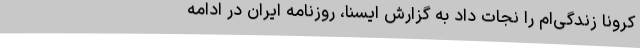
کرونا زندگی‌ام را نجات داد به گزارش ایسنا، روزنامه ایران در ادامه